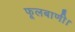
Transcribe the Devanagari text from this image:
फूलबाणी।